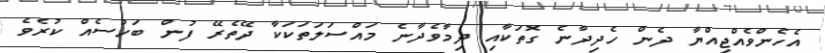
އެހެންވެއްޖިއްޔާ ދެން ހެދިދާނެ ގޮތަކާއި ދިމާވެދާނެ މައްސަލަތަކަކާ ދޭތެރޭ ފުން ބަހުސެއް ކުރެވެ